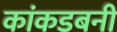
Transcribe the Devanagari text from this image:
कांकडबनी